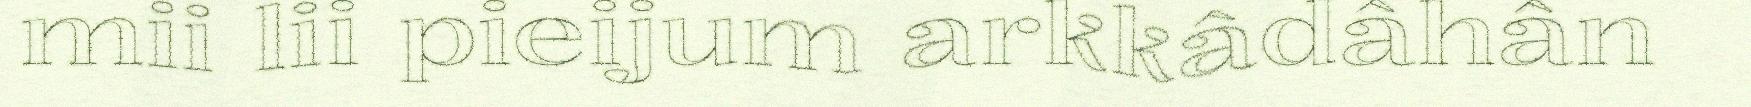
mii lii pieijum arkkâdâhân